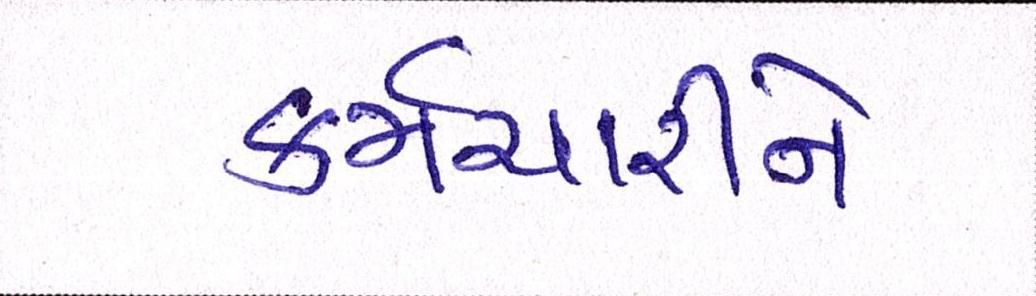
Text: કર્મચારીને